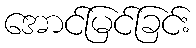
အောင်မြင်ခြင်း